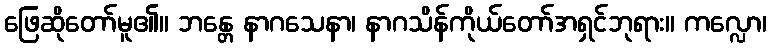
ဖြေဆိုတော်မူ၏။ ဘန္တေ နာဂသေနာ၊ နာဂသိန်ကိုယ်တော်အရှင်ဘုရား။ ကလ္လော၊